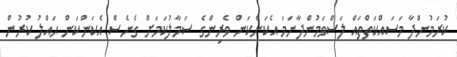
ކުރަމުންދާ މަސައްކަތްތައް ލަސްވަމުންދާނަމަ އެކަންކަން ވެރިންގެ ސަމާލުކަމަށް ގެނެސް އެކަންކަން ޙައްލު ކުރުން